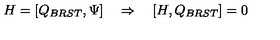
H = [ Q _ { B R S T } , \Psi ] \quad \Rightarrow \quad [ H , Q _ { B R S T } ] = 0